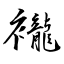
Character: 襱